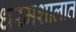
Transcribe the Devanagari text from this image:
धरमशालात